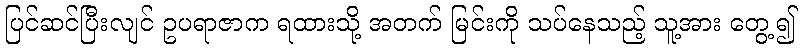
ပြင်ဆင်ပြီးလျင် ဥပရာဇာက ရထားသို့ အတက် မြင်းကို သပ်နေသည့် သူ့အား တွေ့၍